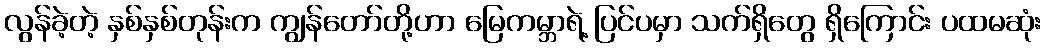
လွန်ခဲ့တဲ့ နှစ်နှစ်တုန်းက ကျွန်တော်တို့ဟာ မြေကမ္ဘာရဲ့ ပြင်ပမှာ သက်ရှိတွေ ရှိကြောင်း ပထမဆုံး